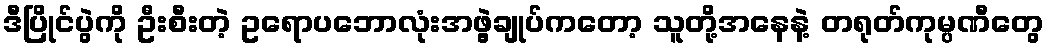
ဒီပြိုင်ပွဲကို ဦးစီးတဲ့ ဥရောပဘောလုံးအဖွဲ့ချုပ်ကတော့ သူတို့အနေနဲ့ တရုတ်ကုမ္ပဏီတွေ